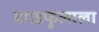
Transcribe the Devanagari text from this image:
दगडफुलाला